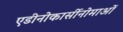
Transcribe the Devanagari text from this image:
एडीनोकार्सीनोमाओं